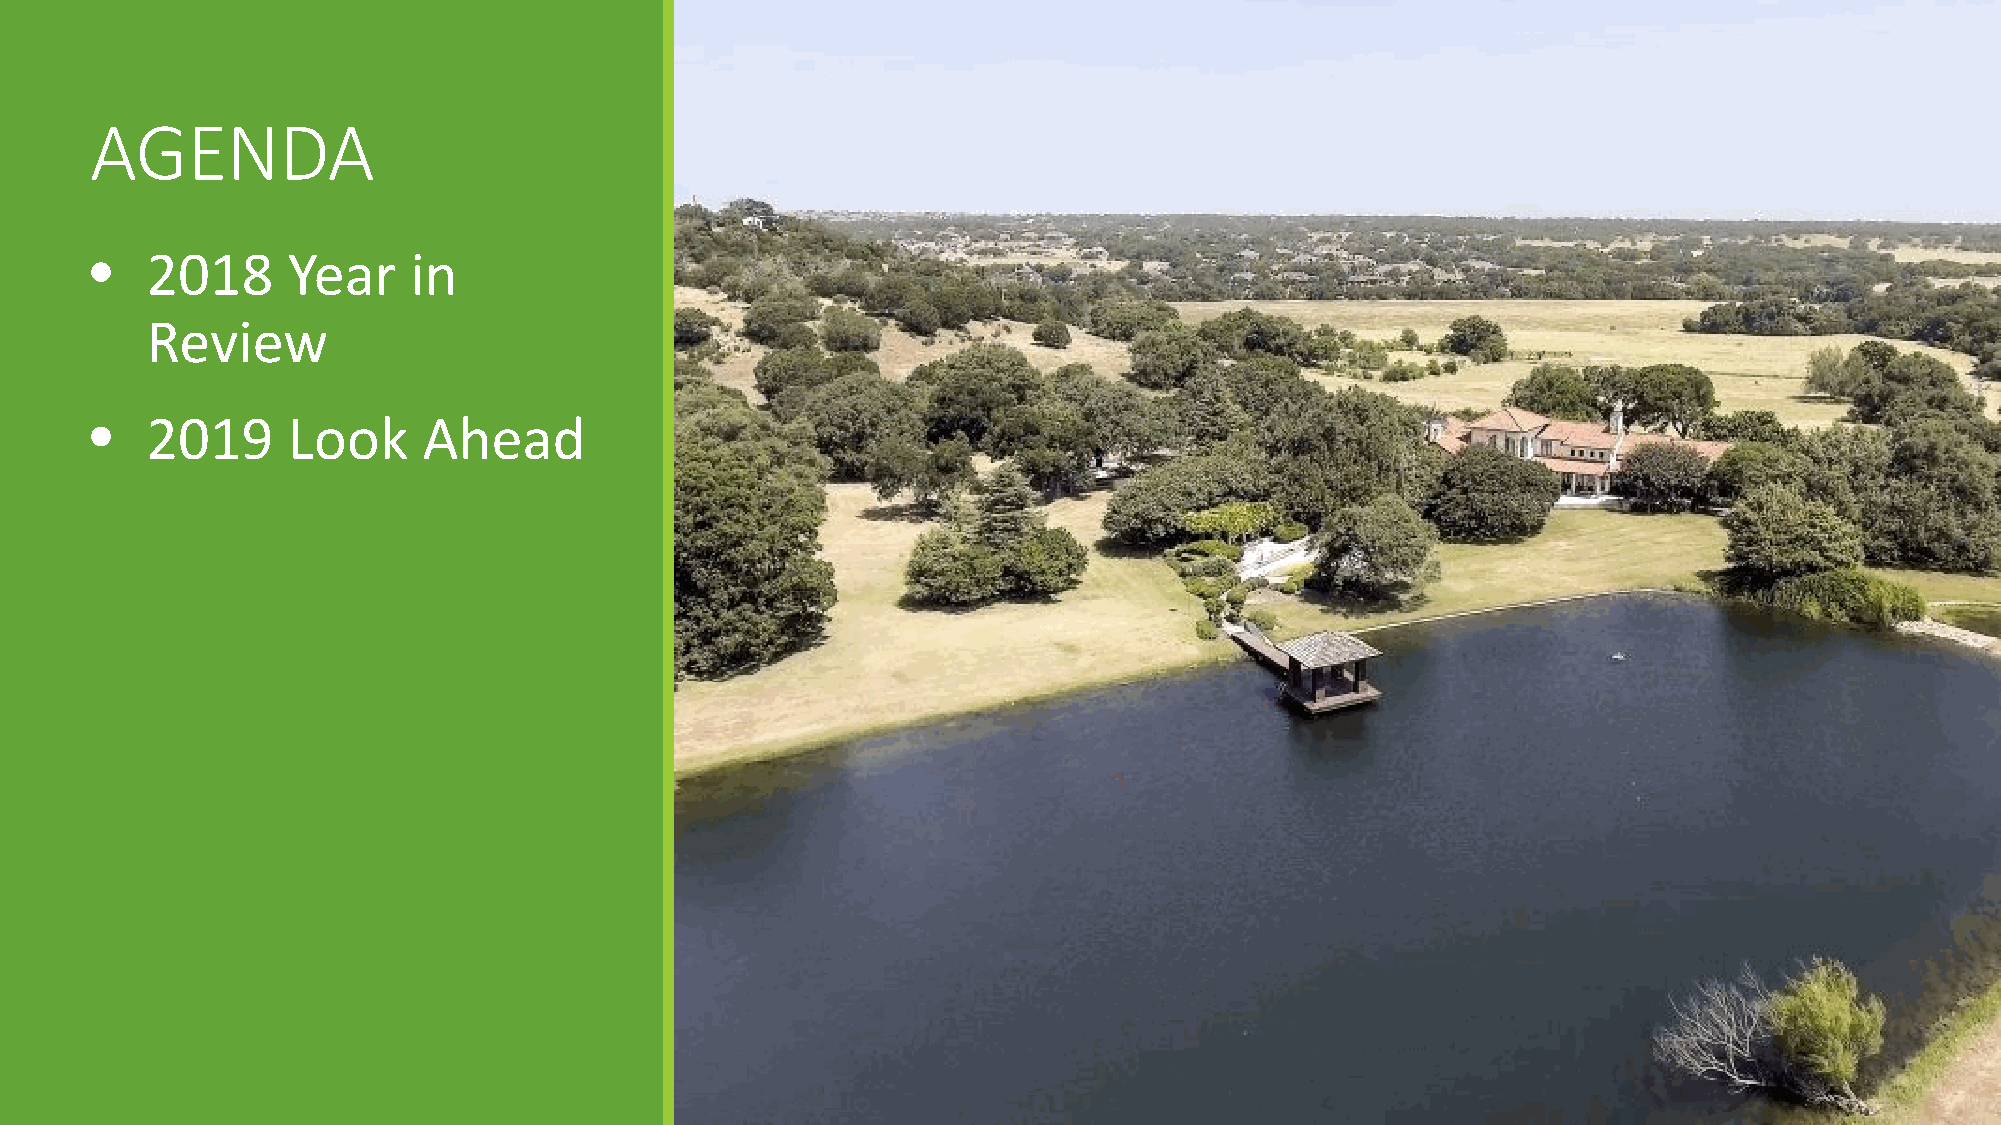
AGENDA
 •   2018     Year    in
 Review
 •   2019     Look     Ahead